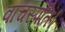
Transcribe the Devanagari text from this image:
वाचस्‍पति।